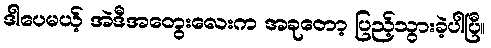
ဒါပေမယ့် အဲဒီအတွေးလေးက အခုတော့ ပြည့်သွားခဲ့ပါပြီ။